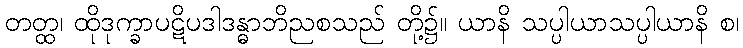
တတ္ထ၊ ထိုဒုက္ခာပဋိပဒါဒန္ဓာဘိညစသည် တို့၌။ ယာနိ သပ္ပါယာသပ္ပါယာနိ စ၊